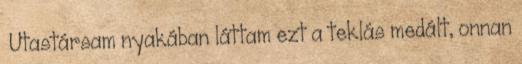
Utastársam nyakában láttam ezt a teklás medált, onnan